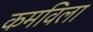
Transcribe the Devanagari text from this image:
कमविला